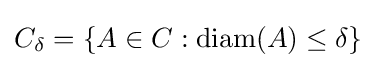
C_{\delta }=\{A\in C:\operatorname {diam} (A)\leq \delta \}